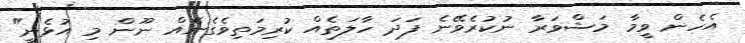
އެހެން ވީމާ މަޝްވަރާ ނުކުރެވޭނެ ފަދަ ހާލަތެއް ކުރިމަތިވެގެނެއް ނޫން މި އުޅެނީ"